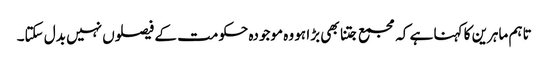
تاہم ماہرین کا کہنا ہے کہ مجمع جتنا بھی بڑا ہو وہ موجودہ حکومت کے فیصلوں نہیں بدل سکتا۔